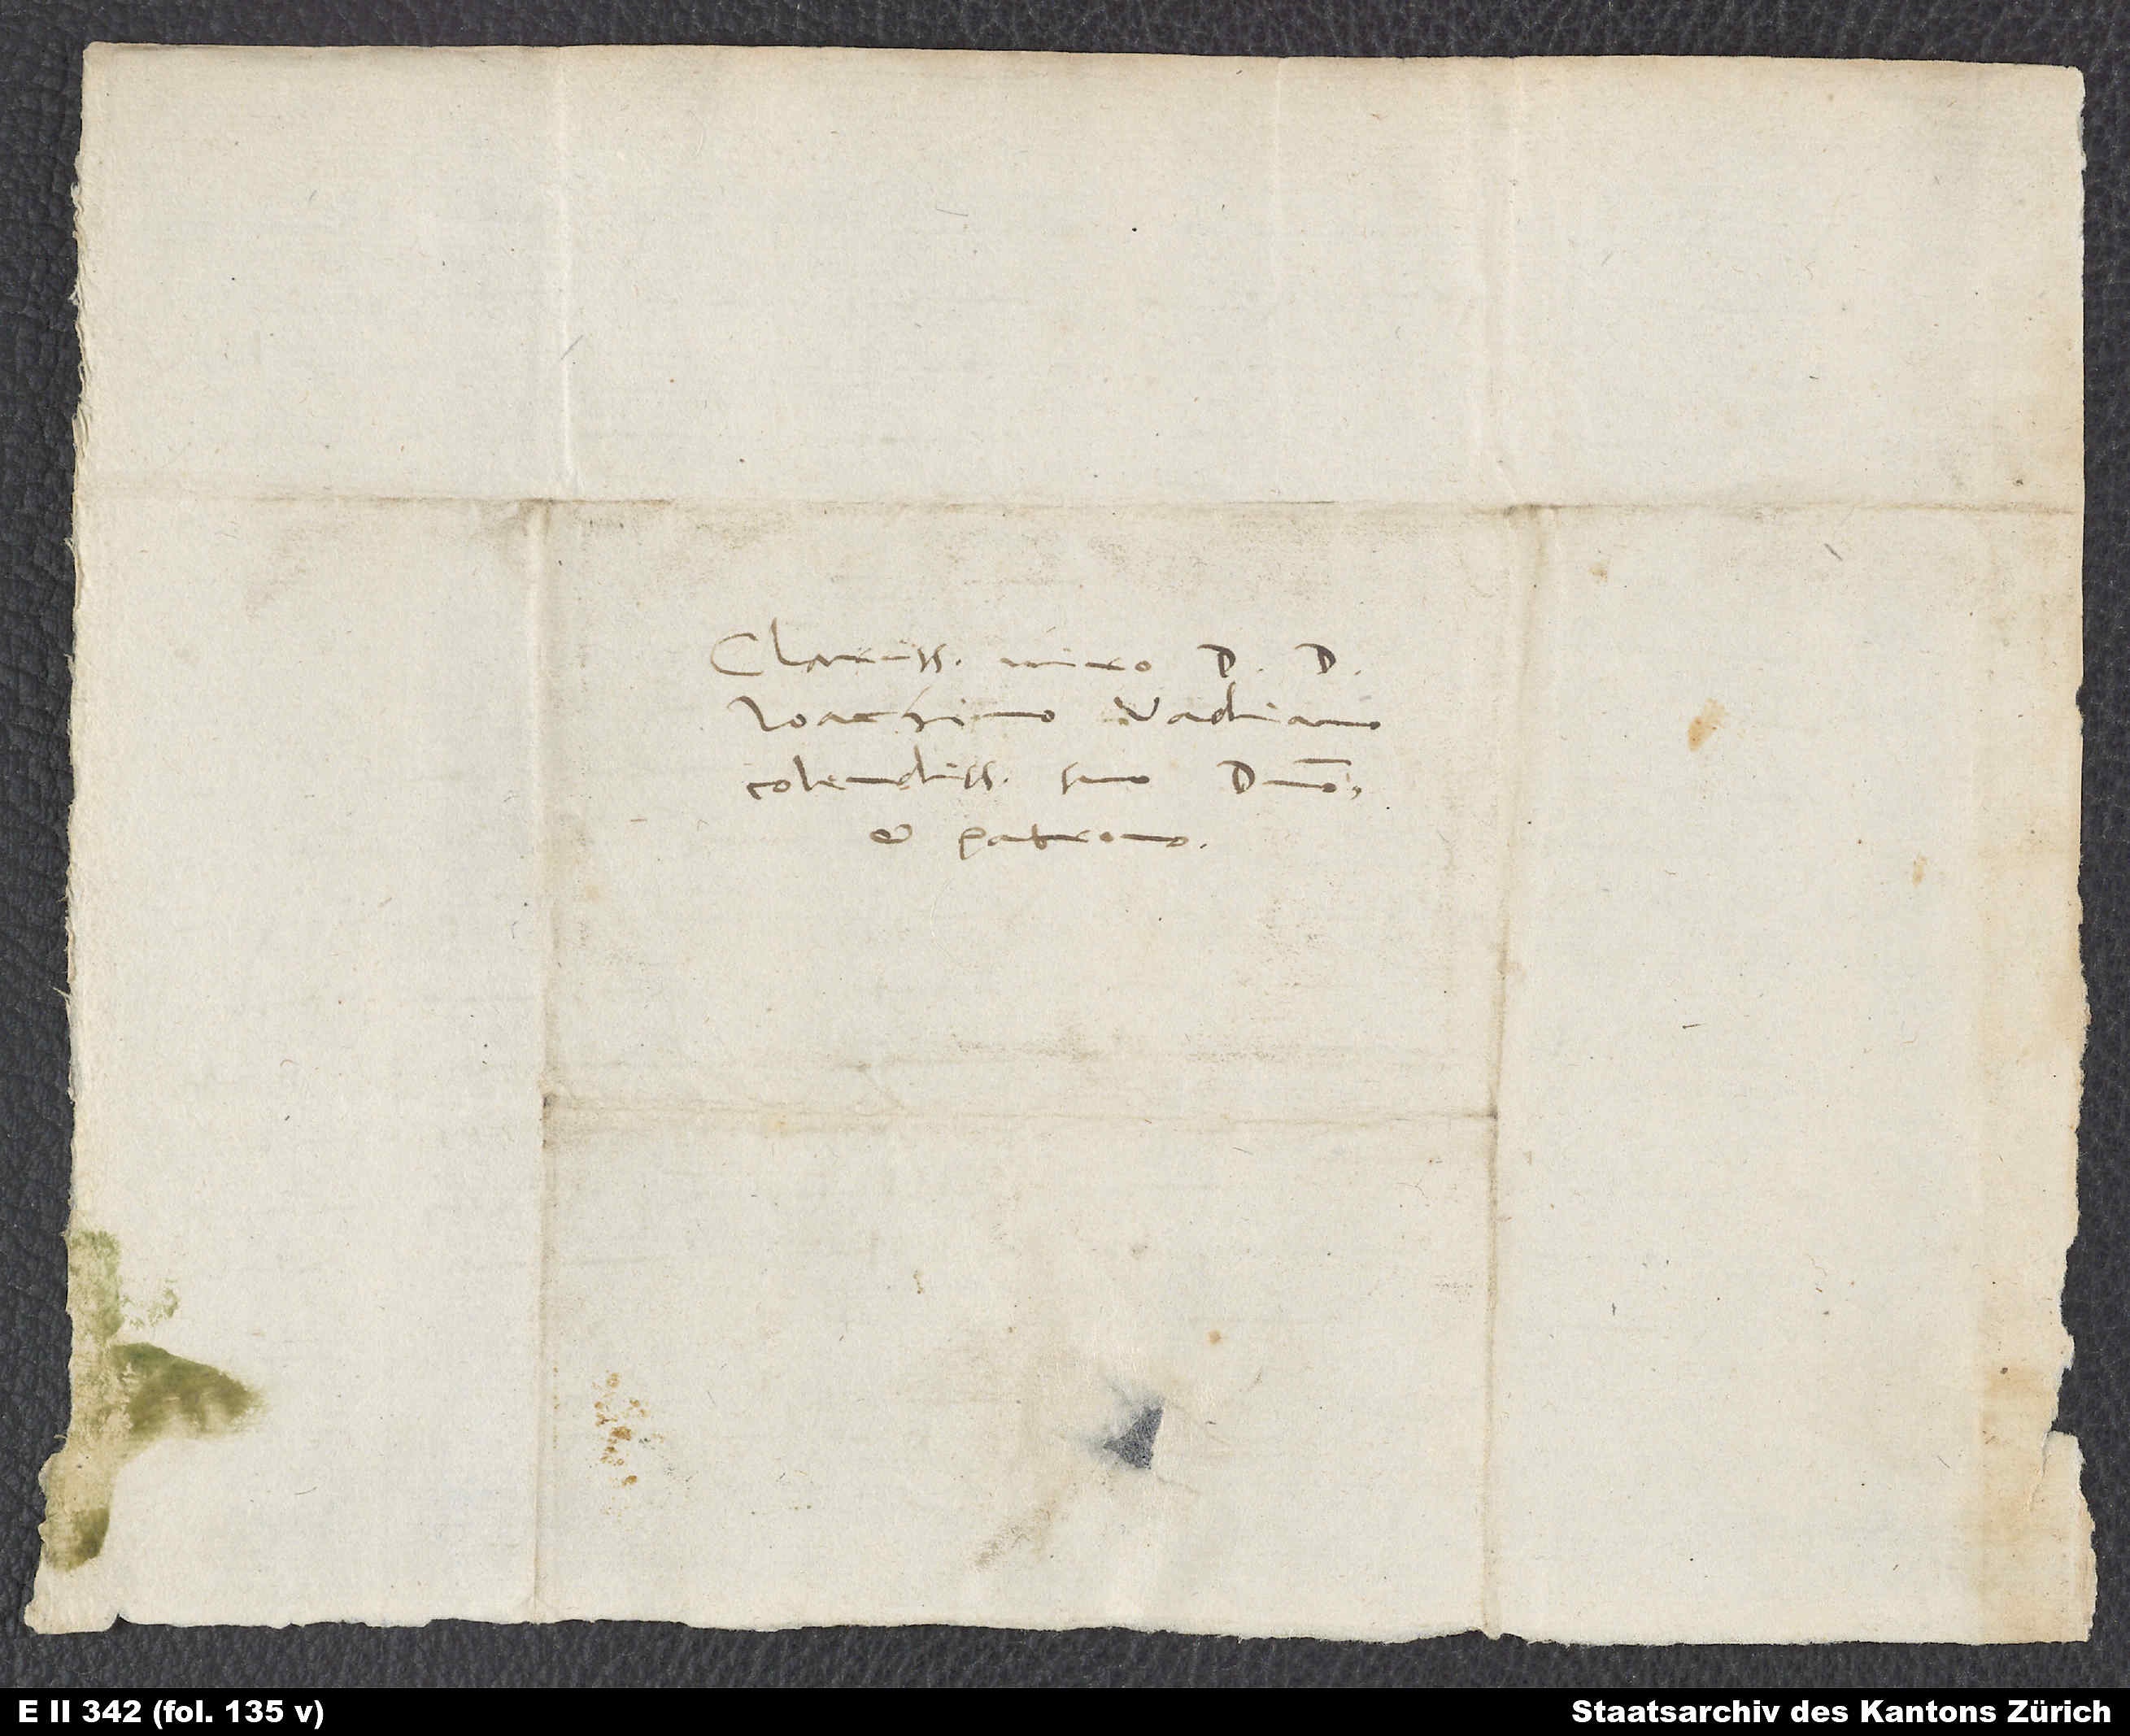
Clarissimo viro
Ioachimo Vadiano,
colendissimo suo domino
et patrono.